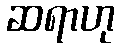
ဆရာဟု